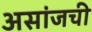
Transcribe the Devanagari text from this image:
असांजची